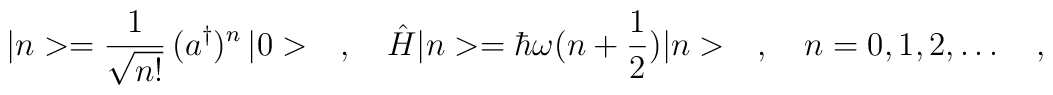
|n>=\frac{1}{\sqrt{n!}}\,(a^\dagger)^n\,|0>\ \ \ ,\ \ \ \hat{H}|n>=\hbar\omega(n+\frac{1}{2})|n>\ \ \ ,\ \ \ n=0,1,2,\dots\ \ \ ,